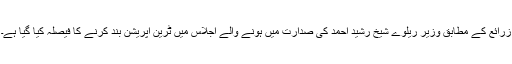
زرائع کے مطابق وزیر ریلوے شیخ رشید احمد کی صدارت میں ہونے والے اجلاس میں ٹرین آپریشن بند کرنے کا فیصلہ کیا گیا ہے۔